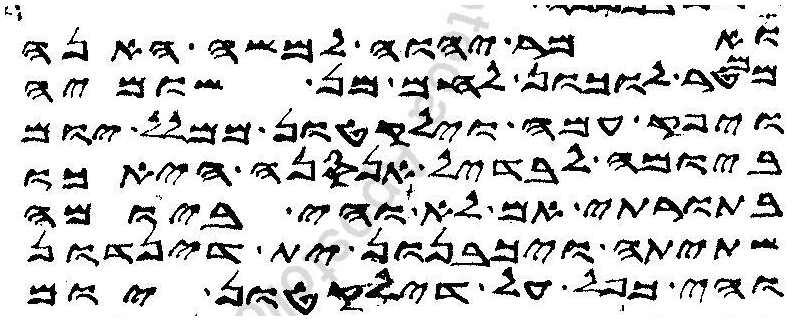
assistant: ואמר יהוה למשה האנה
ממטר לוכון לחם מן שומיה
ויפק עמה וילקטון ממלל יום
ביומה לבדיל אנסנה הא כו
בתורתי אם לא והי ביומה
שתיתה ויכבנון ית דינדון
והי כפל על דילקטון יום